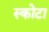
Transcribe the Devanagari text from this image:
स्कोटा